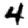
Digit: 4